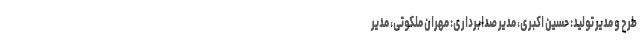
طرح و مدیر تولید: حسین اکبری، مدیر صدابرداری: مهران ملکوتی، مدیر